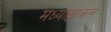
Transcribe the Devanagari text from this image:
मध्याह्नाकल